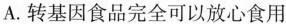
A.转基因食品完全可以放心食用